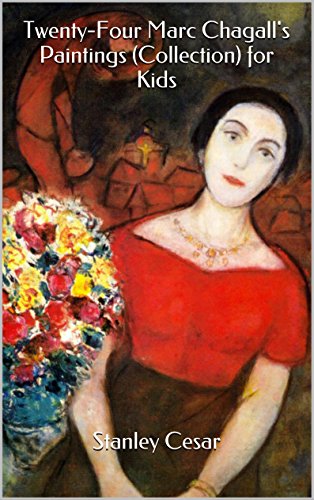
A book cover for Twenty-Four Marc Chagall's Paintings (Collection) for Kids; Stanley Cesar; Sports & Outdoors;